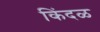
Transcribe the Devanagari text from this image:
किंदळ